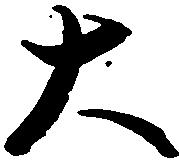
大